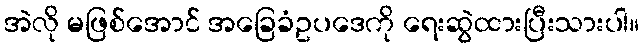
အဲလို မဖြစ်အောင် အခြေခံဥပဒေကို ရေးဆွဲထားပြီးသားပါ။